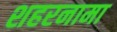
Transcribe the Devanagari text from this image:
शहरनामा